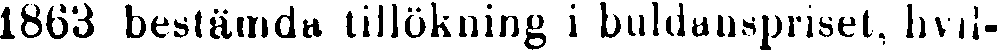
1803 bestämda tillökning i buldanspriset, hvil-